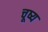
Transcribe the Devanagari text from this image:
चूष्य